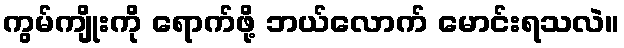
ကွမ်ကျိုးကို ရောက်ဖို့ ဘယ်လောက် မောင်းရသလဲ။